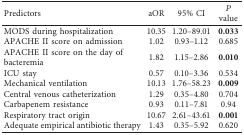
<table><thead><tr><td><b>Predictors</b></td><td><b>aOR</b></td><td><b>95% CI</b></td><td><b><i>P</i> value</b></td></tr></thead><tbody><tr><td>MODS during hospitalization</td><td>10.35</td><td>1.20–89.01</td><td><b>0.033</b></td></tr><tr><td>APACHE II score on admission</td><td>1.02</td><td>0.93–1.12</td><td>0.685</td></tr><tr><td>APACHE II score on the day of bacteremia</td><td>1.82</td><td>1.15–2.86</td><td><b>0.010</b></td></tr><tr><td>ICU stay</td><td>0.57</td><td>0.10–3.36</td><td>0.534</td></tr><tr><td>Mechanical ventilation</td><td>10.13</td><td>1.76–58.23</td><td><b>0.009</b></td></tr><tr><td>Central venous catheterization</td><td>1.29</td><td>0.35–4.80</td><td>0.704</td></tr><tr><td>Carbapenem resistance</td><td>0.93</td><td>0.11–7.81</td><td>0.94</td></tr><tr><td>Respiratory tract origin</td><td>10.67</td><td>2.61–43.61</td><td><b>0.001</b></td></tr><tr><td>Adequate empirical antibiotic therapy</td><td>1.43</td><td>0.35–5.92</td><td>0.620</td></tr></tbody></table>